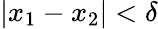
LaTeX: |x_{1}-x_{2}|<\delta